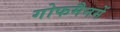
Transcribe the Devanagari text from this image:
गोफमैनमें